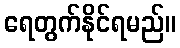
ရေတွက်နိုင်ရမည်။